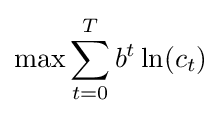
\max \sum _{t=0}^{T}b^{t}\ln(c_{t})